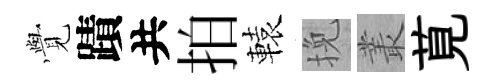
𮗜蹟共拍轅挽叢莧